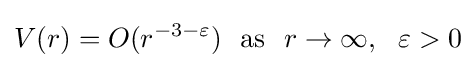
V(r)=O(r^{-3-\varepsilon })~{\text{ as }}~r\rightarrow \infty ,~~\varepsilon >0